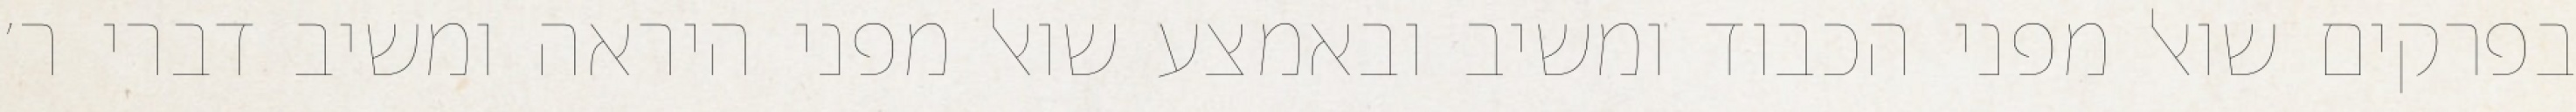
בפרקים שואל מפני הכבוד ומשיב ובאמצע שואל מפני היראה ומשיב דברי ר׳